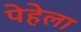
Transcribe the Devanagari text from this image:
पेहेला